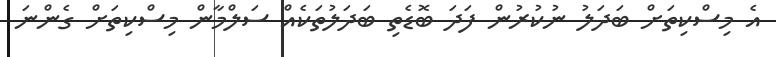
އެ މިސްކިތަށް ބަދަލު ނުކުރުން ފަދަ ބޮޑެތި ބަދަލުތަކެއް ސަލްމާން މިސްކިތަށް ގެންނަ